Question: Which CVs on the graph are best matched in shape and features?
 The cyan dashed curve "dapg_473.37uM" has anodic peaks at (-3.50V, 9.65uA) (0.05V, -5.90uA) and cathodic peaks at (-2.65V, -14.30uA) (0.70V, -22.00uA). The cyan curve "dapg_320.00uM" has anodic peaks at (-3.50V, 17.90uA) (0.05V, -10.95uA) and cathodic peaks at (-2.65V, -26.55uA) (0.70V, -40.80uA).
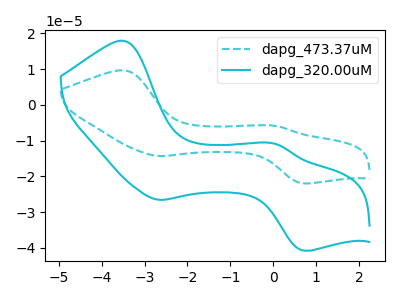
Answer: <think>All the peaks in "dapg_473.37uM" have a peak in "dapg_320.00uM" at the same potential.
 </think>
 <answer>"dapg_320.00uM" and "dapg_473.37uM" have the same shape and are likely CV's of the same chemical.</answer>
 <eval>"dapg_320.00uM" "dapg_473.37uM"</eval>